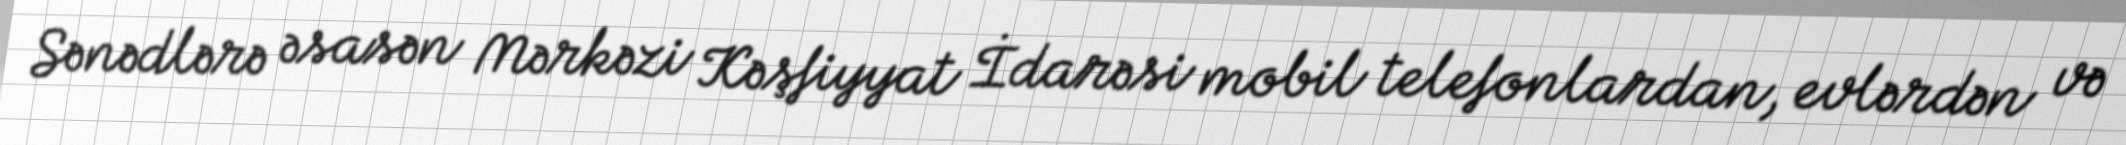
Sənədlərə əsasən Mərkəzi Kəşfiyyat İdarəsi mobil telefonlardan, evlərdən və